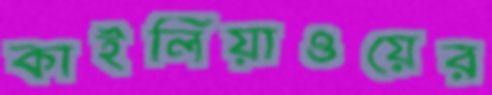
কাইলিয়াওয়ের